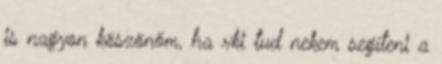
is nagyon köszönöm, ha vki tud nekem segíteni a